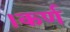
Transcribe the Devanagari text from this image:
।कर्ण